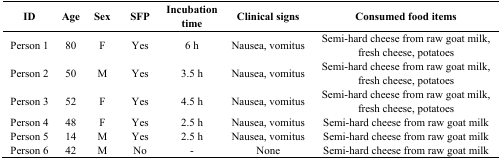
<table><thead><tr><td><b>ID</b></td><td><b>Age</b></td><td><b>Sex</b></td><td><b>SFP</b></td><td><b>Incubation time</b></td><td><b>Clinical signs</b></td><td><b>Consumed food items</b></td></tr></thead><tbody><tr><td>Person 1</td><td>80</td><td>F</td><td>Yes</td><td>6 h</td><td>Nausea, vomitus</td><td>Semi-hard cheese from raw goat milk, fresh cheese, potatoes</td></tr><tr><td>Person 2</td><td>50</td><td>M</td><td>Yes</td><td>3.5 h</td><td>Nausea, vomitus</td><td>Semi-hard cheese from raw goat milk, fresh cheese, potatoes</td></tr><tr><td>Person 3</td><td>52</td><td>F</td><td>Yes</td><td>4.5 h</td><td>Nausea, vomitus</td><td>Semi-hard cheese from raw goat milk, fresh cheese, potatoes</td></tr><tr><td>Person 4</td><td>48</td><td>F</td><td>Yes</td><td>2.5 h</td><td>Nausea, vomitus</td><td>Semi-hard cheese from raw goat milk</td></tr><tr><td>Person 5</td><td>14</td><td>M</td><td>Yes</td><td>2.5 h</td><td>Nausea, vomitus</td><td>Semi-hard cheese from raw goat milk</td></tr><tr><td>Person 6</td><td>42</td><td>M</td><td>No</td><td>-</td><td>None</td><td>Semi-hard cheese from raw goat milk</td></tr></tbody></table>